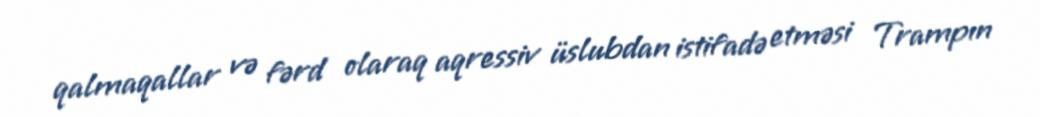
qalmaqallar və fərd olaraq aqressiv üslubdan istifadə etməsi Trampın